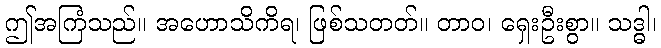
ဤအကြံသည်။ အဟောသိကိရ၊ ဖြစ်သတတ်။ တာဝ၊ ရှေးဦးစွာ။ သဒ္ဓါ၊